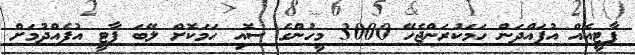
ޕާޓީއެއް އުފައްދަން ހަމަކުރަންޖެހޭ 3000 މީހުންގެ ސޮއި ހަމަކޮށް ލޭބަ ޕާޓީ އުފެއްދުމަށް